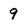
Character: 9